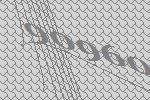
90960